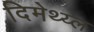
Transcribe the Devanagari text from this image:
दिमेथ्य्ल